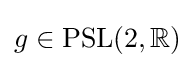
g\in {\rm {PSL}}(2,\mathbb {R} )